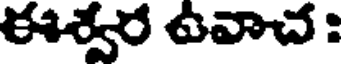
ఈశ్వర ఉవాచ :